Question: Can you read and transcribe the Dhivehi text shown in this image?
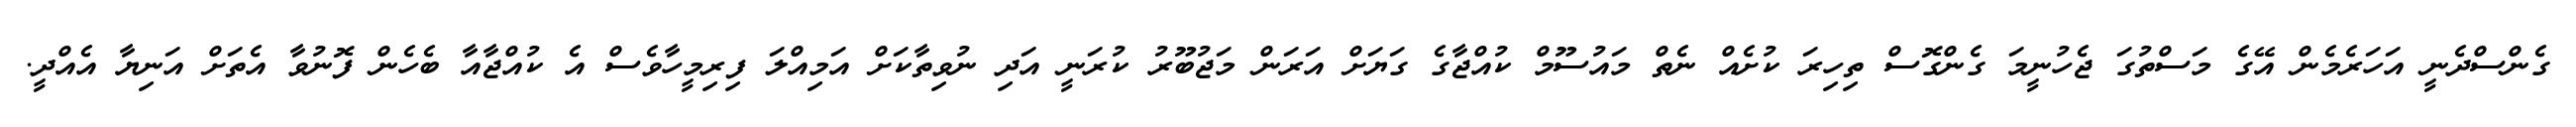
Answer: ގެންސްދެނީ އަހަރެމެން އޭގެ މަސްތުގަ ޖެހުނީމަ ގެންގޮސް ތިހިރަ ކުށެއް ނެތް މައުސޫމް ކުއްޖާގެ ގަޔަށް އަރަން މަޖުބޫރު ކުރަނީ އަދި ނުވިތާކަށް އަމިއްލަ ފިރިމީހާވެސް އެ ކުއްޖާއާ ބެހެން ފޮނުވާ އެތަށް އަނިޔާ އެއްދީ.